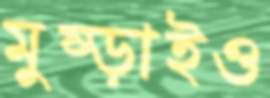
মুষ্‌ড়াইও